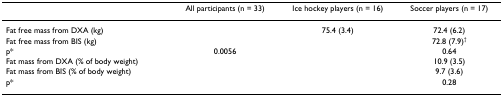
<table><thead><tr><td>[EMPTY_CELL]</td><td><b>All participants (n = 33)</b></td><td><b>Ice hockey players (n = 16)</b></td><td><b>Soccer players (n = 17)</b></td></tr></thead><tbody><tr><td>Fat free mass from DXA (kg)</td><td>[EMPTY_CELL]</td><td>75.4 (3.4)</td><td>72.4 (6.2)</td></tr><tr><td>Fat free mass from BIS (kg)</td><td>[EMPTY_CELL]</td><td>[EMPTY_CELL]</td><td>72.8 (7.9)<sup>†</sup></td></tr><tr><td>p*</td><td>0.0056</td><td>[EMPTY_CELL]</td><td>0.64</td></tr><tr><td>Fat mass from DXA (% of body weight)</td><td>[EMPTY_CELL]</td><td>[EMPTY_CELL]</td><td>10.9 (3.5)</td></tr><tr><td>Fat mass from BIS (% of body weight)</td><td>[EMPTY_CELL]</td><td>[EMPTY_CELL]</td><td>9.7 (3.6)</td></tr><tr><td>p*</td><td>[EMPTY_CELL]</td><td>[EMPTY_CELL]</td><td>0.28</td></tr></tbody></table>